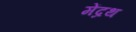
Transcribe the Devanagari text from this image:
मेंद्रथ